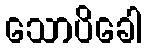
သောပိခေါ